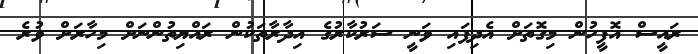
ރައީސް އޮފީހުން މިގޮތަށް އެދިފައި ވަނީ ސަރުކާރުގެ އިދާރާތަކުން ރައްޔިތުންނަށް މިހާރަށް ވުރެ